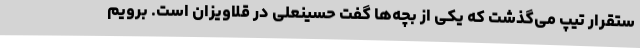
ستقرار تیپ می‌گذشت که یکی از بچه‌ها گفت حسینعلی در قلاویزان است. برویم